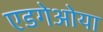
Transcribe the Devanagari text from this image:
एडगेओया